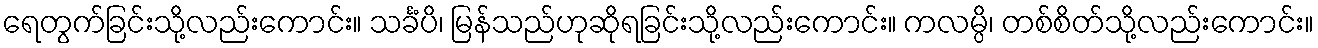
ရေတွက်ခြင်းသို့လည်းကောင်း။ သင်္ခံပိ၊ မြန်သည်ဟုဆိုရခြင်းသို့လည်းကောင်း။ ကလမ္ပိ၊ တစ်စိတ်သို့လည်းကောင်း။